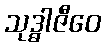
သုဒ္ဓါဇီဝေ